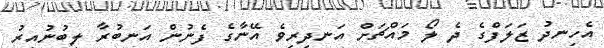
އެހިނދު ޒަލަފްގެ ދެ ލޯ މައްޗަށް އަނދިރިވެ އޭނާގެ ފެނުން އަނބުރާ ލިބުނުއިރު